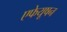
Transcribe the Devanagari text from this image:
एफेयूषन